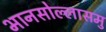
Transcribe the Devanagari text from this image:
भानसोल्लासमु